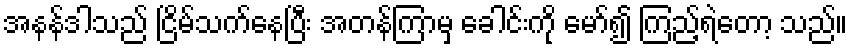
အနန်ဒါသည် ငြိမ်သက်နေပြီး အတန်ကြာမှ ခေါင်းကို မော်၍ ကြည့်ရဲတော့ သည်။